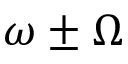
\omega \pm \Omega